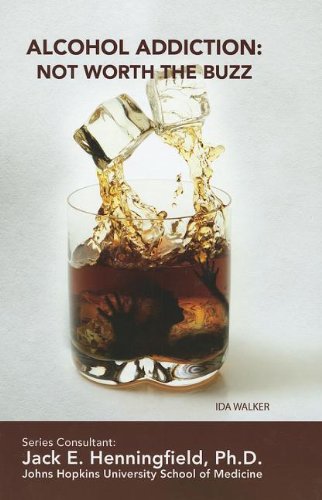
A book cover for Alcohol Addiction: Not Worth the Buzz (Illicit and Misused Drugs); Ida Walker; Teen & Young Adult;